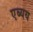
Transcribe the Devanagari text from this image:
एब्यय